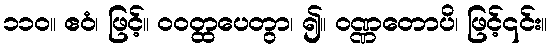
၁၁၀။ ဧဝံ၊ ဖြင့်။ ဝဝတ္ထပေတွာ၊ ၍။ ဝဏ္ဏတောပိ၊ ဖြင့်၎င်း။